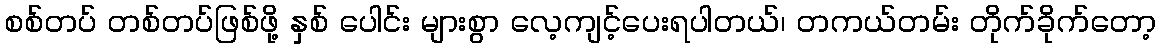
စစ်တပ် တစ်တပ်ဖြစ်ဖို့ နှစ် ပေါင်း များစွာ လေ့ကျင့်ပေးရပါတယ်၊ တကယ်တမ်း တိုက်ခိုက်တော့